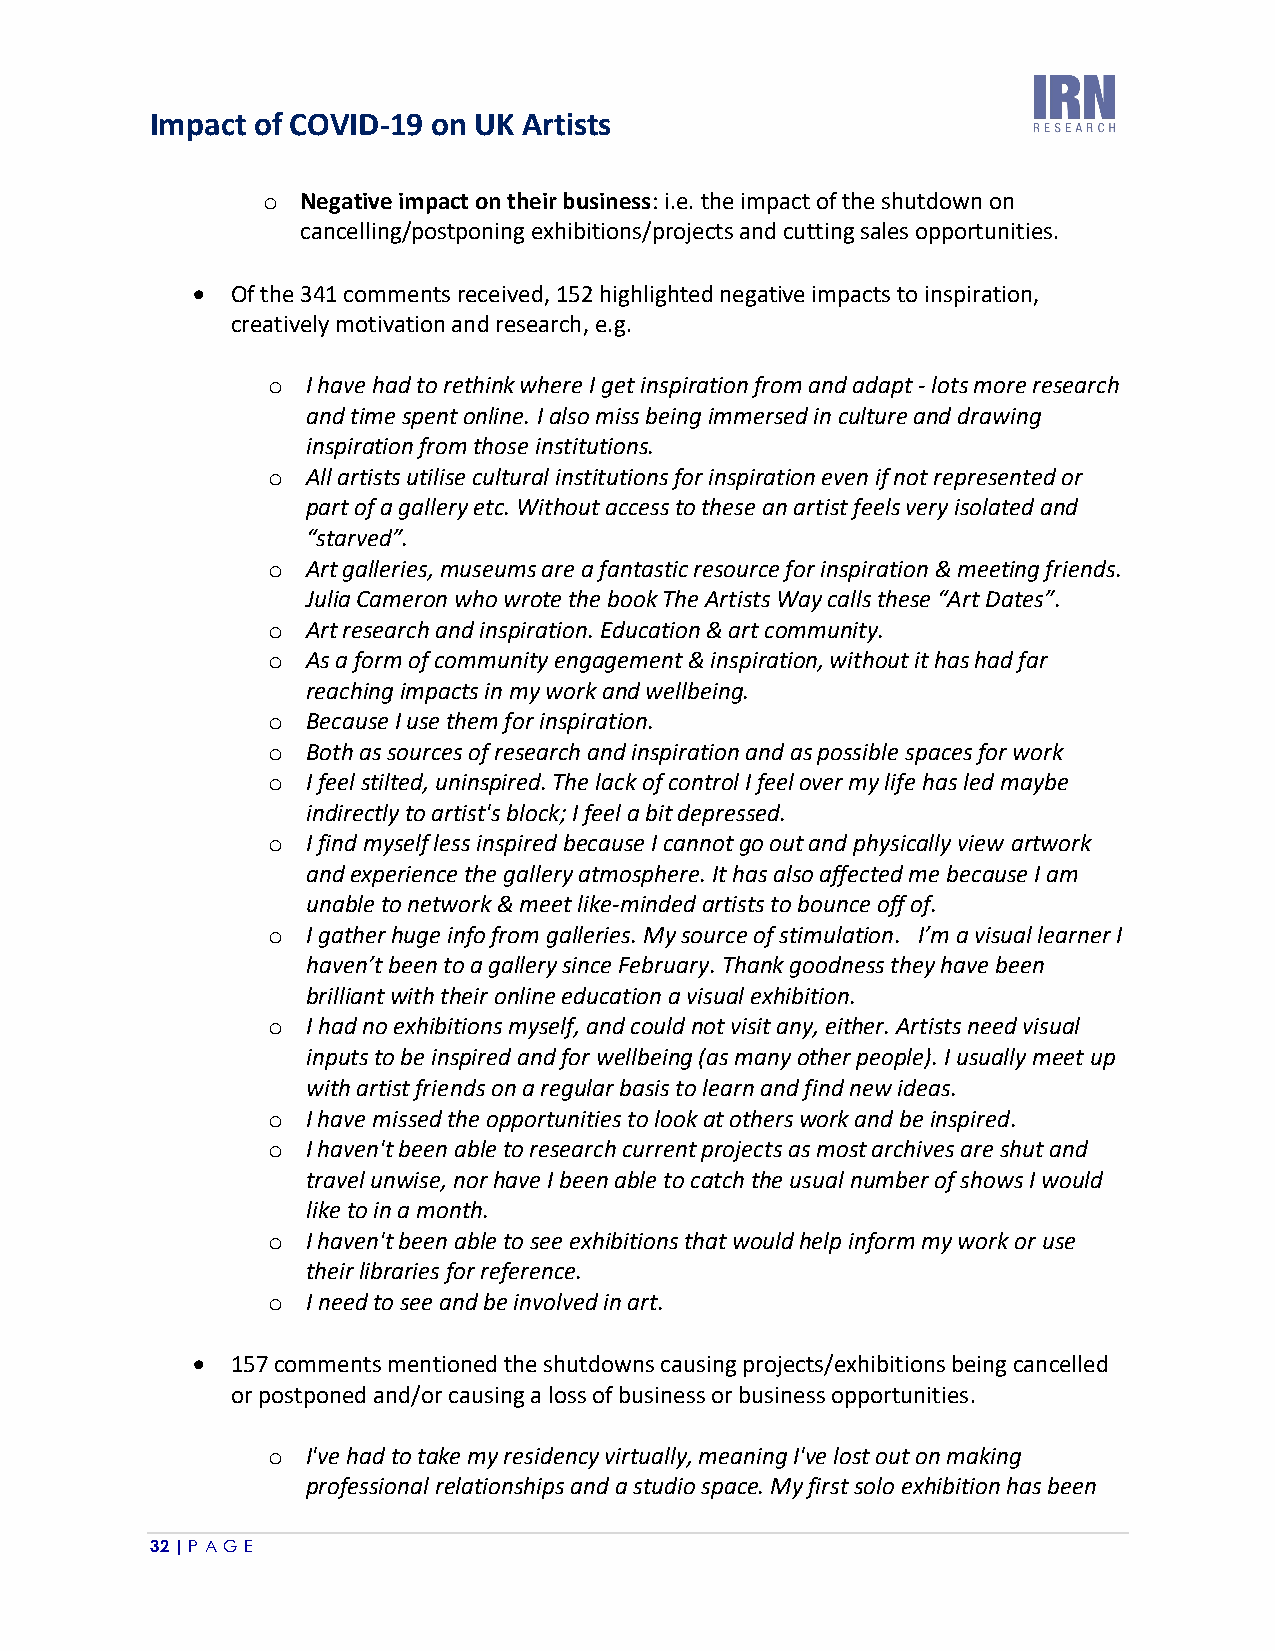
Impact of COVID-19 on UK Artists
 o  Negative impact on their business: i.e. the impact of the shutdown on
 cancelling/postponing exhibitions/projects and cutting sales opportunities.
 • Of the 341 comments received, 152 highlighted negative impacts to inspiration,
 creatively motivation and research, e.g.
 o I have had to rethink where I get inspiration from and adapt - lots more research
 and time spent online. I also miss being immersed in culture and drawing
 inspiration from those institutions.
 o All artists utilise cultural institutions for inspiration even if not represented or
 part of a gallery etc. Without access to these an artist feels very isolated and
 “starved”.
 o Art galleries, museums are a fantastic resource for inspiration & meeting friends.
 Julia Cameron who wrote the book The Artists Way calls these “Art Dates”.
 o Art research and inspiration. Education & art community.
 o As a form of community engagement & inspiration, without it has had far
 reaching impacts in my work and wellbeing.
 o Because I use them for inspiration.
 o Both as sources of research and inspiration and as possible spaces for work
 o I feel stilted, uninspired. The lack of control I feel over my life has led maybe
 indirectly to artist's block; I feel a bit depressed.
 o I find myself less inspired because I cannot go out and physically view artwork
 and experience the gallery atmosphere. It has also affected me because I am
 unable to network & meet like-minded artists to bounce off of.
 o I gather huge info from galleries. My source of stimulation. I’m a visual learner I
 haven’t been to a gallery since February. Thank goodness they have been
 brilliant with their online education a visual exhibition.
 o I had no exhibitions myself, and could not visit any, either. Artists need visual
 inputs to be inspired and for wellbeing (as many other people). I usually meet up
 with artist friends on a regular basis to learn and find new ideas.
 o I have missed the opportunities to look at others work and be inspired.
 o I haven't been able to research current projects as most archives are shut and
 travel unwise, nor have I been able to catch the usual number of shows I would
 like to in a month.
 o I haven't been able to see exhibitions that would help inform my work or use
 their libraries for reference.
 o I need to see and be involved in art.
 • 157 comments mentioned the shutdowns causing projects/exhibitions being cancelled
 or postponed and/or causing a loss of business or business opportunities.
 o I've had to take my residency virtually, meaning I've lost out on making
 professional relationships and a studio space. My first solo exhibition has been
 32 | P A GE